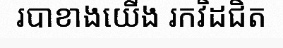
របាខាងយើង រកវិដជិត